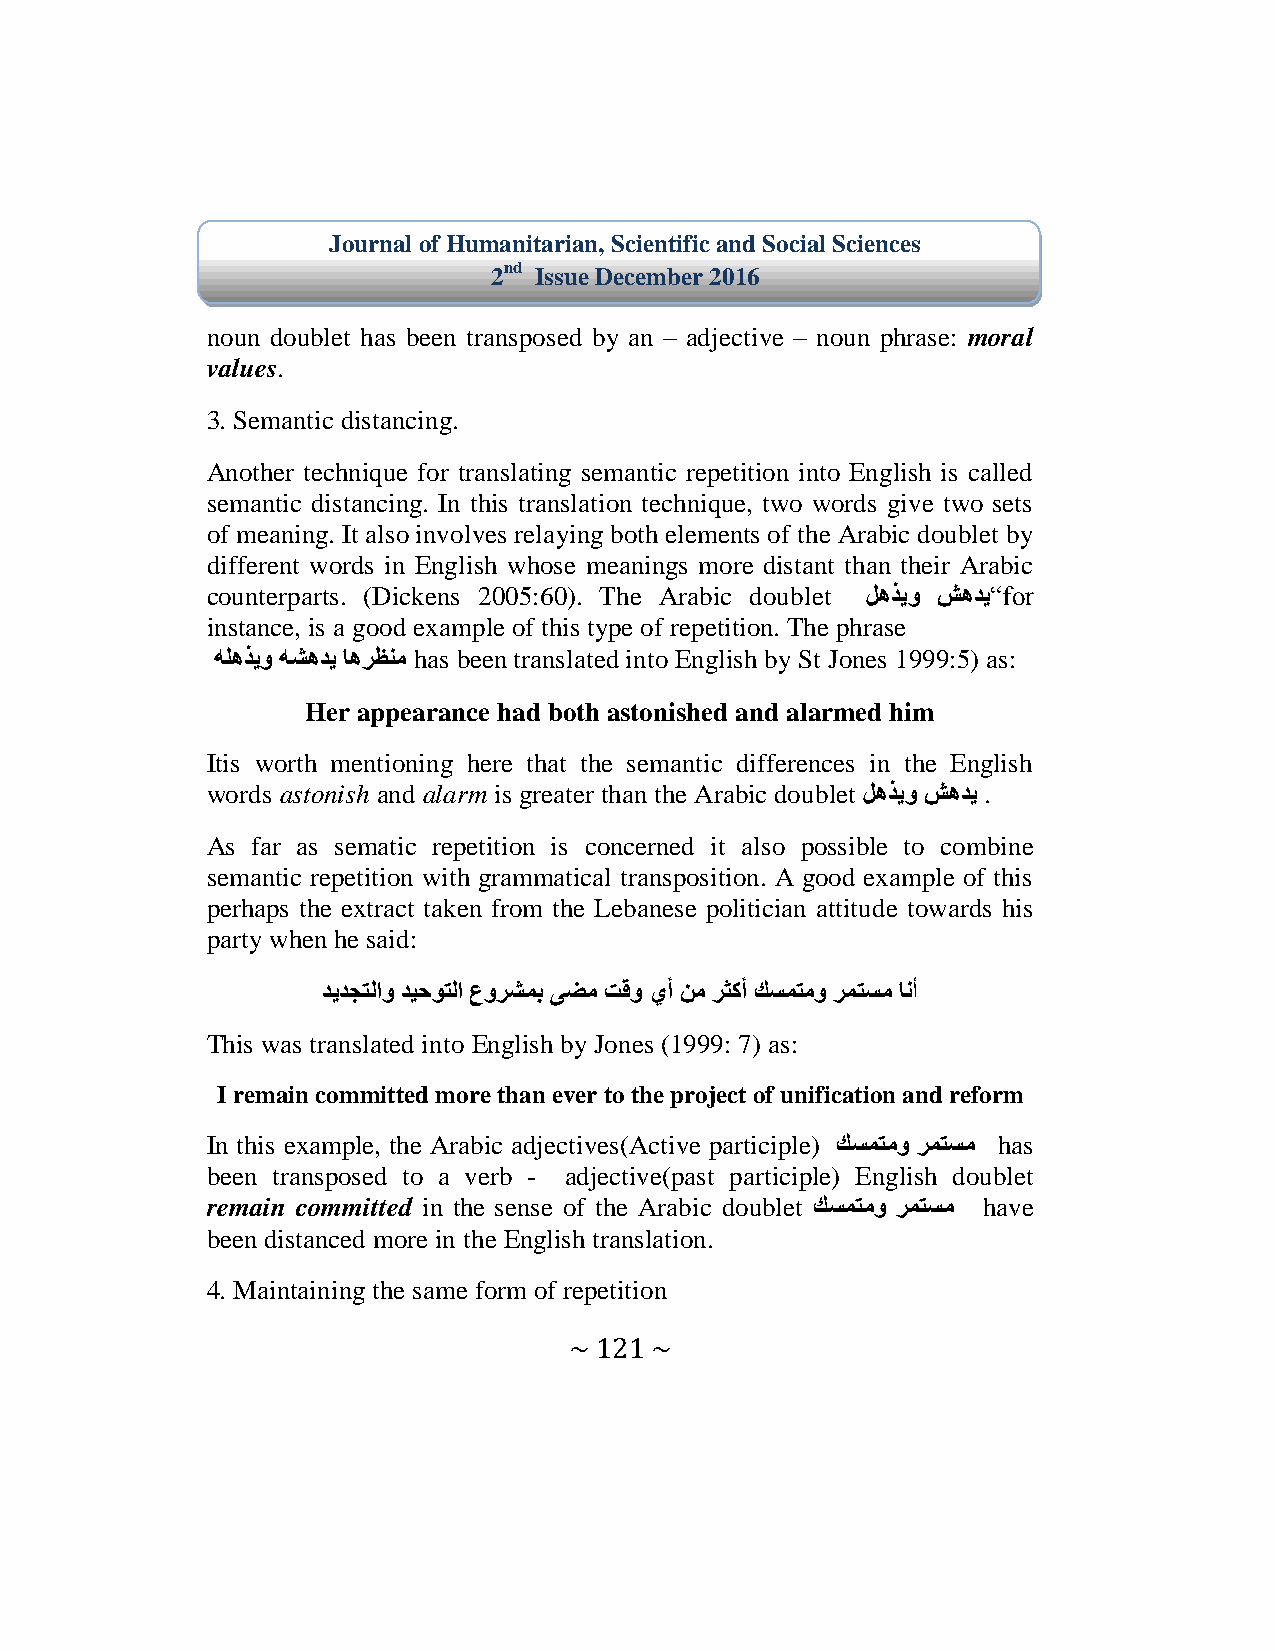
Journal of Humanitarian, Scientific and Social Sciences
 2nd Issue December 2016
 noun doublet has been transposed by an – adjective – noun phrase: moral
 values.
 3. Semantic distancing.
 Another technique for translating semantic repetition into English is called
 semantic distancing. In this translation technique, two words give two sets
 of meaning. It also involves relaying both elements of the Arabic doublet by
 different words in English whose meanings more distant than their Arabic
 counterparts. (Dickens 2005:60). The Arabic doublet لهذيو شهدي“for
 instance, is a good example of this type of repetition. The phrase
 هلهذيو هشهدي اهرظنم has been translated into English by St Jones 1999:5) as:
 Her appearance had both astonished and alarmed him
 Itis worth mentioning here that the semantic differences in the English
 words astonish and alarm is greater than the Arabic doublet لهذيو شهدي .
 As far as sematic repetition is concerned it also possible to combine
 semantic repetition with grammatical transposition. A good example of this
 perhaps the extract taken from the Lebanese politician attitude towards his
 party when he said:
 ديدجتلاو ديحوتلا عورشمب ىضم تقو يأ نم رثكأ كسمتمو رمتسم انأ
 This was translated into English by Jones (1999: 7) as:
 I remain committed more than ever to the project of unification and reform
 In this example, the Arabic adjectives(Active participle) كسمتمو رمتسم has
 been transposed to a verb - adjective(past participle) English doublet
 remain committed in the sense of the Arabic doublet كسمتمو رمتسم have
 been distanced more in the English translation.
 4. Maintaining the same form of repetition
 ~ 121 ~